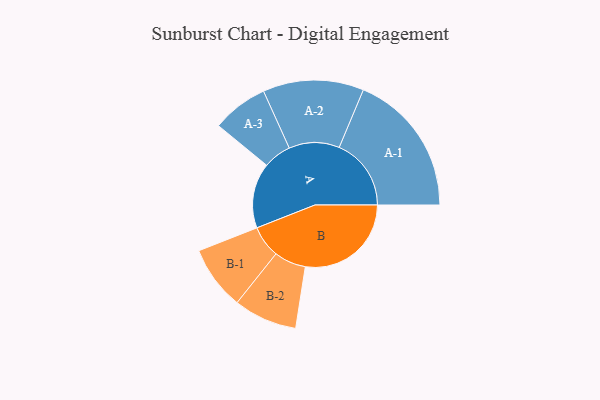
{"axis": {"x": "Segment", "y": "Value"}, "legend": ["", "A", "B"], "data": [{"x": "A", "y": 248, "type": ""}, {"x": "B", "y": 403, "type": ""}, {"x": "A-1", "y": 274, "type": "A"}, {"x": "A-2", "y": 192, "type": "A"}, {"x": "A-3", "y": 107, "type": "A"}, {"x": "B-1", "y": 122, "type": "B"}, {"x": "B-2", "y": 121, "type": "B"}]}